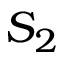
S _ { 2 }